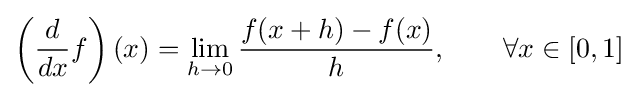
\left({\frac {d}{dx}}f\right)(x)=\lim _{h\to 0}{\frac {f(x+h)-f(x)}{h}},\qquad \forall x\in [0,1]